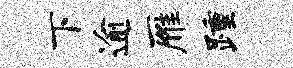
下逾雁踵